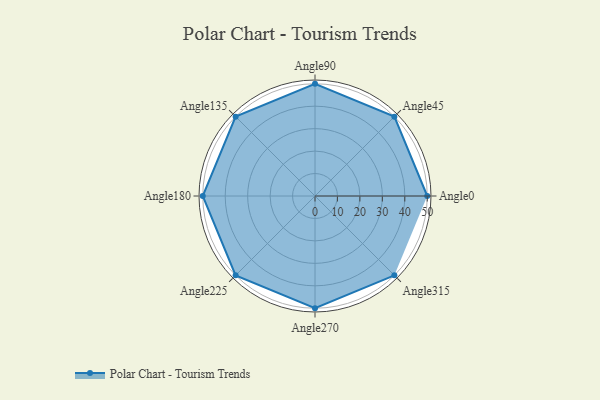
{"axis": {"x": "Angle", "y": "Radius"}, "legend": [""], "data": [{"x": "Angle0", "y": 50, "type": ""}, {"x": "Angle45", "y": 50, "type": ""}, {"x": "Angle90", "y": 50, "type": ""}, {"x": "Angle135", "y": 50, "type": ""}, {"x": "Angle180", "y": 50, "type": ""}, {"x": "Angle225", "y": 50, "type": ""}, {"x": "Angle270", "y": 50, "type": ""}, {"x": "Angle315", "y": 50, "type": ""}]}